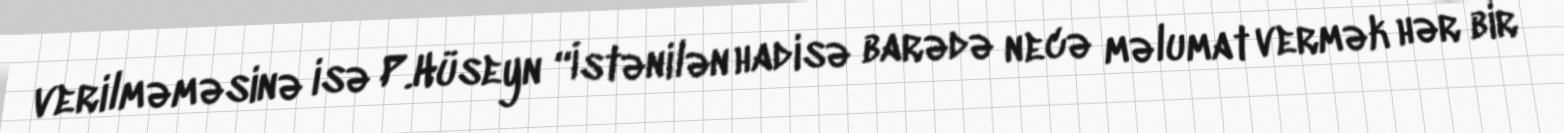
verilməməsinə isə P.Hüseyn “İstənilən hadisə barədə necə məlumat vermək hər bir